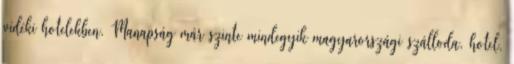
vidéki hotelekben. Manapság már szinte mindegyik magyarországi szálloda, hotel,